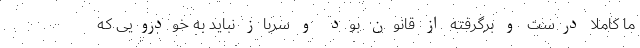
ما کاملاً درست و برگرفته از قانون بود و سرباز نباید به خودرویی که